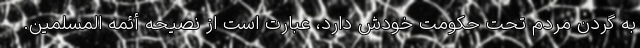
به گردن مردم تحت حکومت خودش دارد، عبارت است از نصیحه أئمه المسلمین.